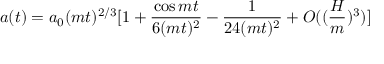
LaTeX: a ( t ) = a _ { 0 } ( m t ) ^ { 2 / 3 } [ 1 + \frac { \cos { m t } } { 6 ( m t ) ^ { 2 } } - \frac { 1 } { 2 4 ( m t ) ^ { 2 } } + O ( ( \frac { H } { m } ) ^ { 3 } ) ]